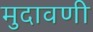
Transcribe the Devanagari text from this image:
मुदावणी